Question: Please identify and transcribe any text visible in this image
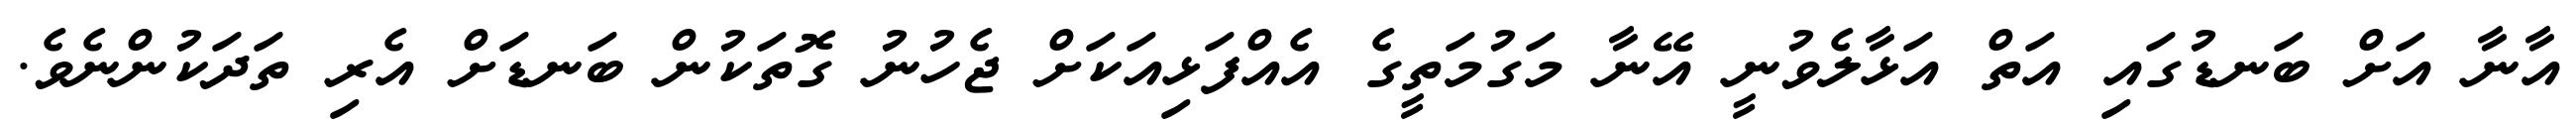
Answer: އާނާ އަށް ބަނޑުގައި އަތް އަޅާލެވުނީ އޭނާ މަގުމަތީގެ އެއްފަޅިއަކަށް ޖެހުނު ގޮތަކުން ބަނޑަށް އެރި ތަދަކުންނެވެ.